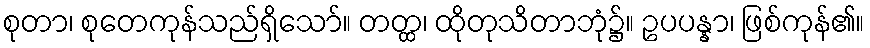
စုတာ၊ စုတေကုန်သည်ရှိသော်။ တတ္ထ၊ ထိုတုသိတာဘုံ၌။ ဥပပန္နာ၊ ဖြစ်ကုန်၏။